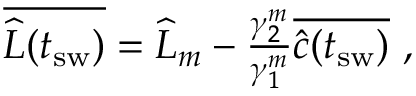
\begin{array} { r } { \overline { { \widehat { L } ( t _ { \mathrm { s w } } ) } } = \widehat { L } _ { m } - \frac { \gamma _ { 2 } ^ { m } } { \gamma _ { 1 } ^ { m } } \overline { { \widehat { c } ( t _ { \mathrm { s w } } ) } } \ , } \end{array}